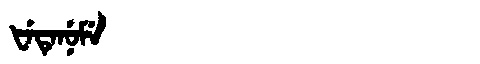
Manchu: ᡶᡝᡨᡝᠨᡠᠮᡝ
Romanization: FETENUME